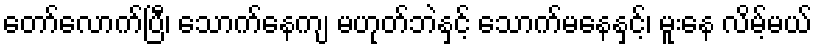
တော်လောက်ပြီ၊ သောက်နေကျ မဟုတ်ဘဲနှင့် သောက်မနေနှင့်၊ မူးနေ လိမ့်မယ်